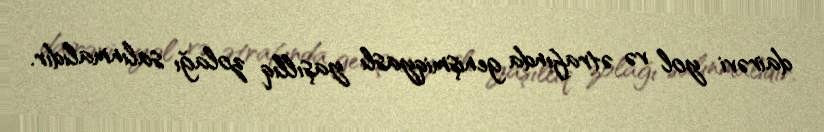
dairəvi yol və ətrafında genişmiqyaslı yaşıllıq zolağı salınmalıdır.